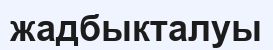
жадбыкталуы